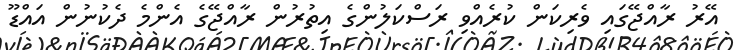
އޭރު ރާއްޖޭގައި ވެރިކަން ކުރެއްވި ރަސްކަލުންގެ އިތުރުން ރާއްޖޭގެ އެންމެ ދެކުނުން އައްޑޫ